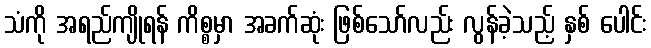
သံကို အရည်ကျိုရန် ကိစ္စမှာ အခက်ဆုံး ဖြစ်သော်လည်း လွန်ခဲ့သည့် နှစ် ပေါင်း